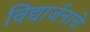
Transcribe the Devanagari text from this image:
विद्यार्जनाचे